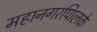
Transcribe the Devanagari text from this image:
महानगरपािलके